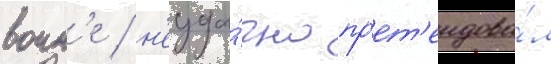
воин'е / н'еуда́чно пр'ет'ендова́л